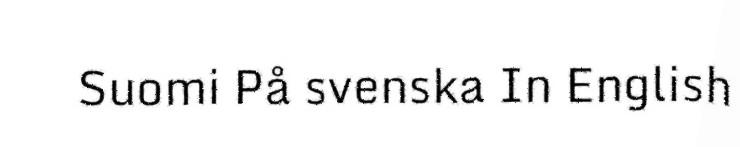
Suomi På svenska In English